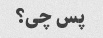
پس چی؟